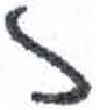
אות: ז